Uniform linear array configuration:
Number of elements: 16
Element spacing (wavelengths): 1
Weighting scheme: cosine
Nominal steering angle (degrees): -45
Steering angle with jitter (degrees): -45.112
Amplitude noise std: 0.05
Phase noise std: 0.05

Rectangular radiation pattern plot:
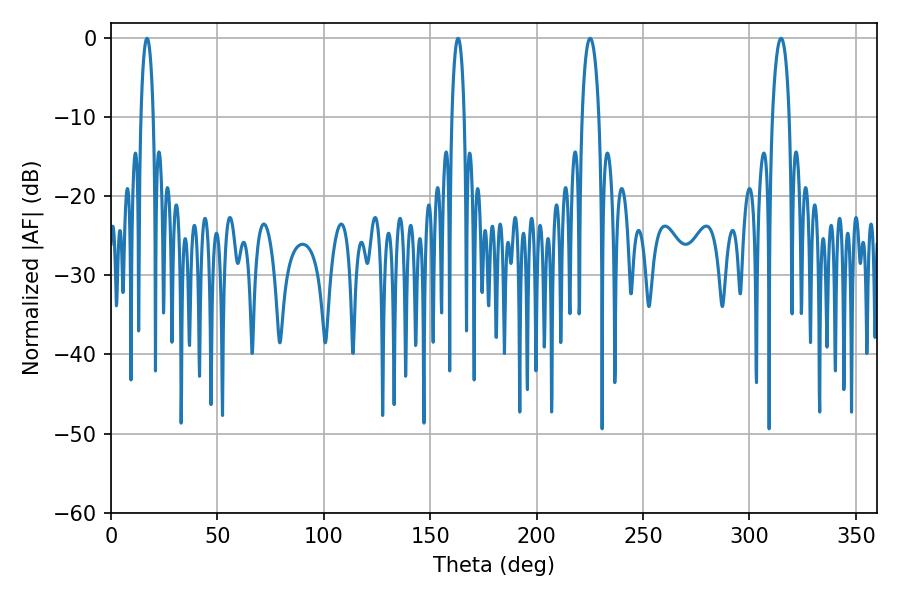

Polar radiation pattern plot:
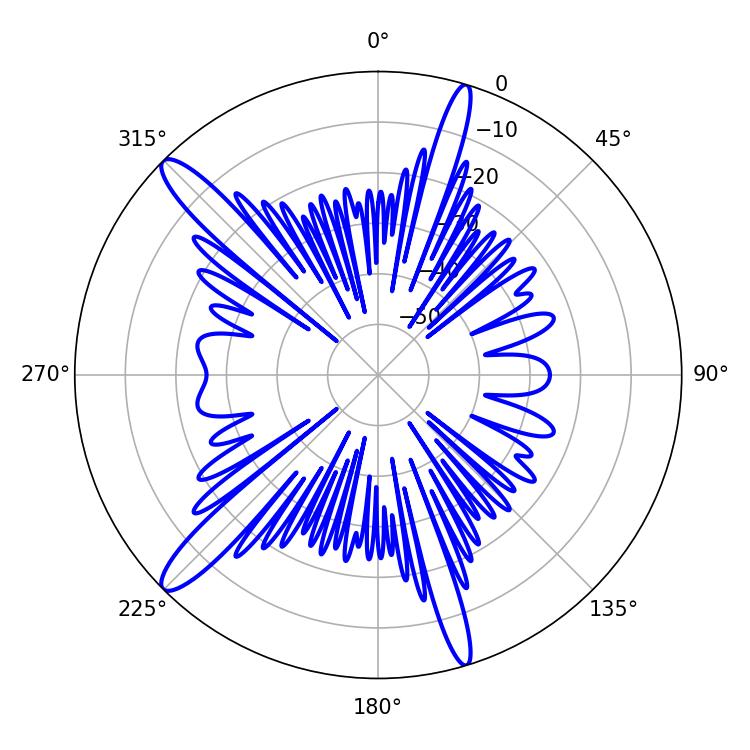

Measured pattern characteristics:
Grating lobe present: TRUE
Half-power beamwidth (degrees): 3.24
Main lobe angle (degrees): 16.92